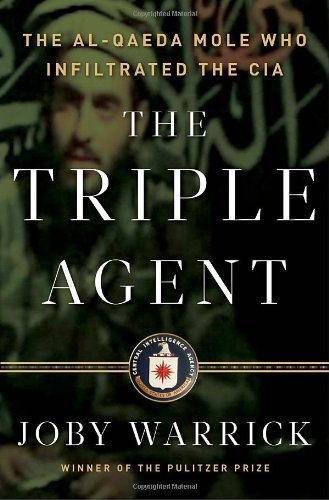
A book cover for The Triple Agent: The al-Qaeda Mole who Infiltrated the CIA; Joby Warrick; Biographies & Memoirs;